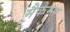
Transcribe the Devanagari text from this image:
मैकेम्स